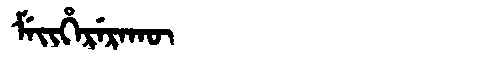
Manchu: ᠮᡝᡳᡥᡝᡵᡝᡵᠠᡴᡡ
Romanization: MEIHERERAKŪ